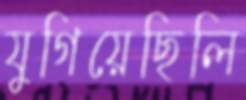
যুগিয়েছিলি